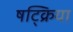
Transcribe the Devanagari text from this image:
षट्क्रिया